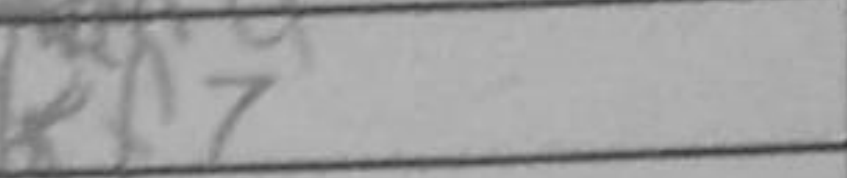
Transcription: Rf7